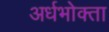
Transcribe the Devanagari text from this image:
अर्धभोक्ता